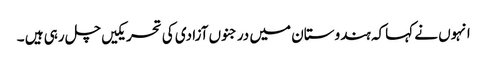
انہوں نے کہاکہ ہندوستان میں درجنوں آزادی کی تحریکیں چل رہی ہیں ۔